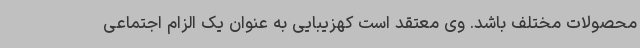
محصولات مختلف باشد. وی معتقد است کهزیبایی به عنوان یک الزام اجتماعی